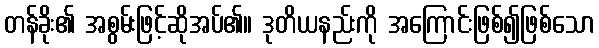
တန်ခိုး၏ အစွမ်းဖြင့်ဆိုအပ်၏။ ဒုတိယနည်းကို အကြောင်းဖြစ်၍ဖြစ်သော